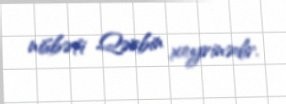
nisbəti Qərbin xeyrinədir.